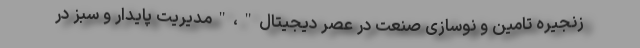
زنجیره تامین و نوسازی صنعت در عصر دیجیتال"،"مدیریت پایدار و سبز در